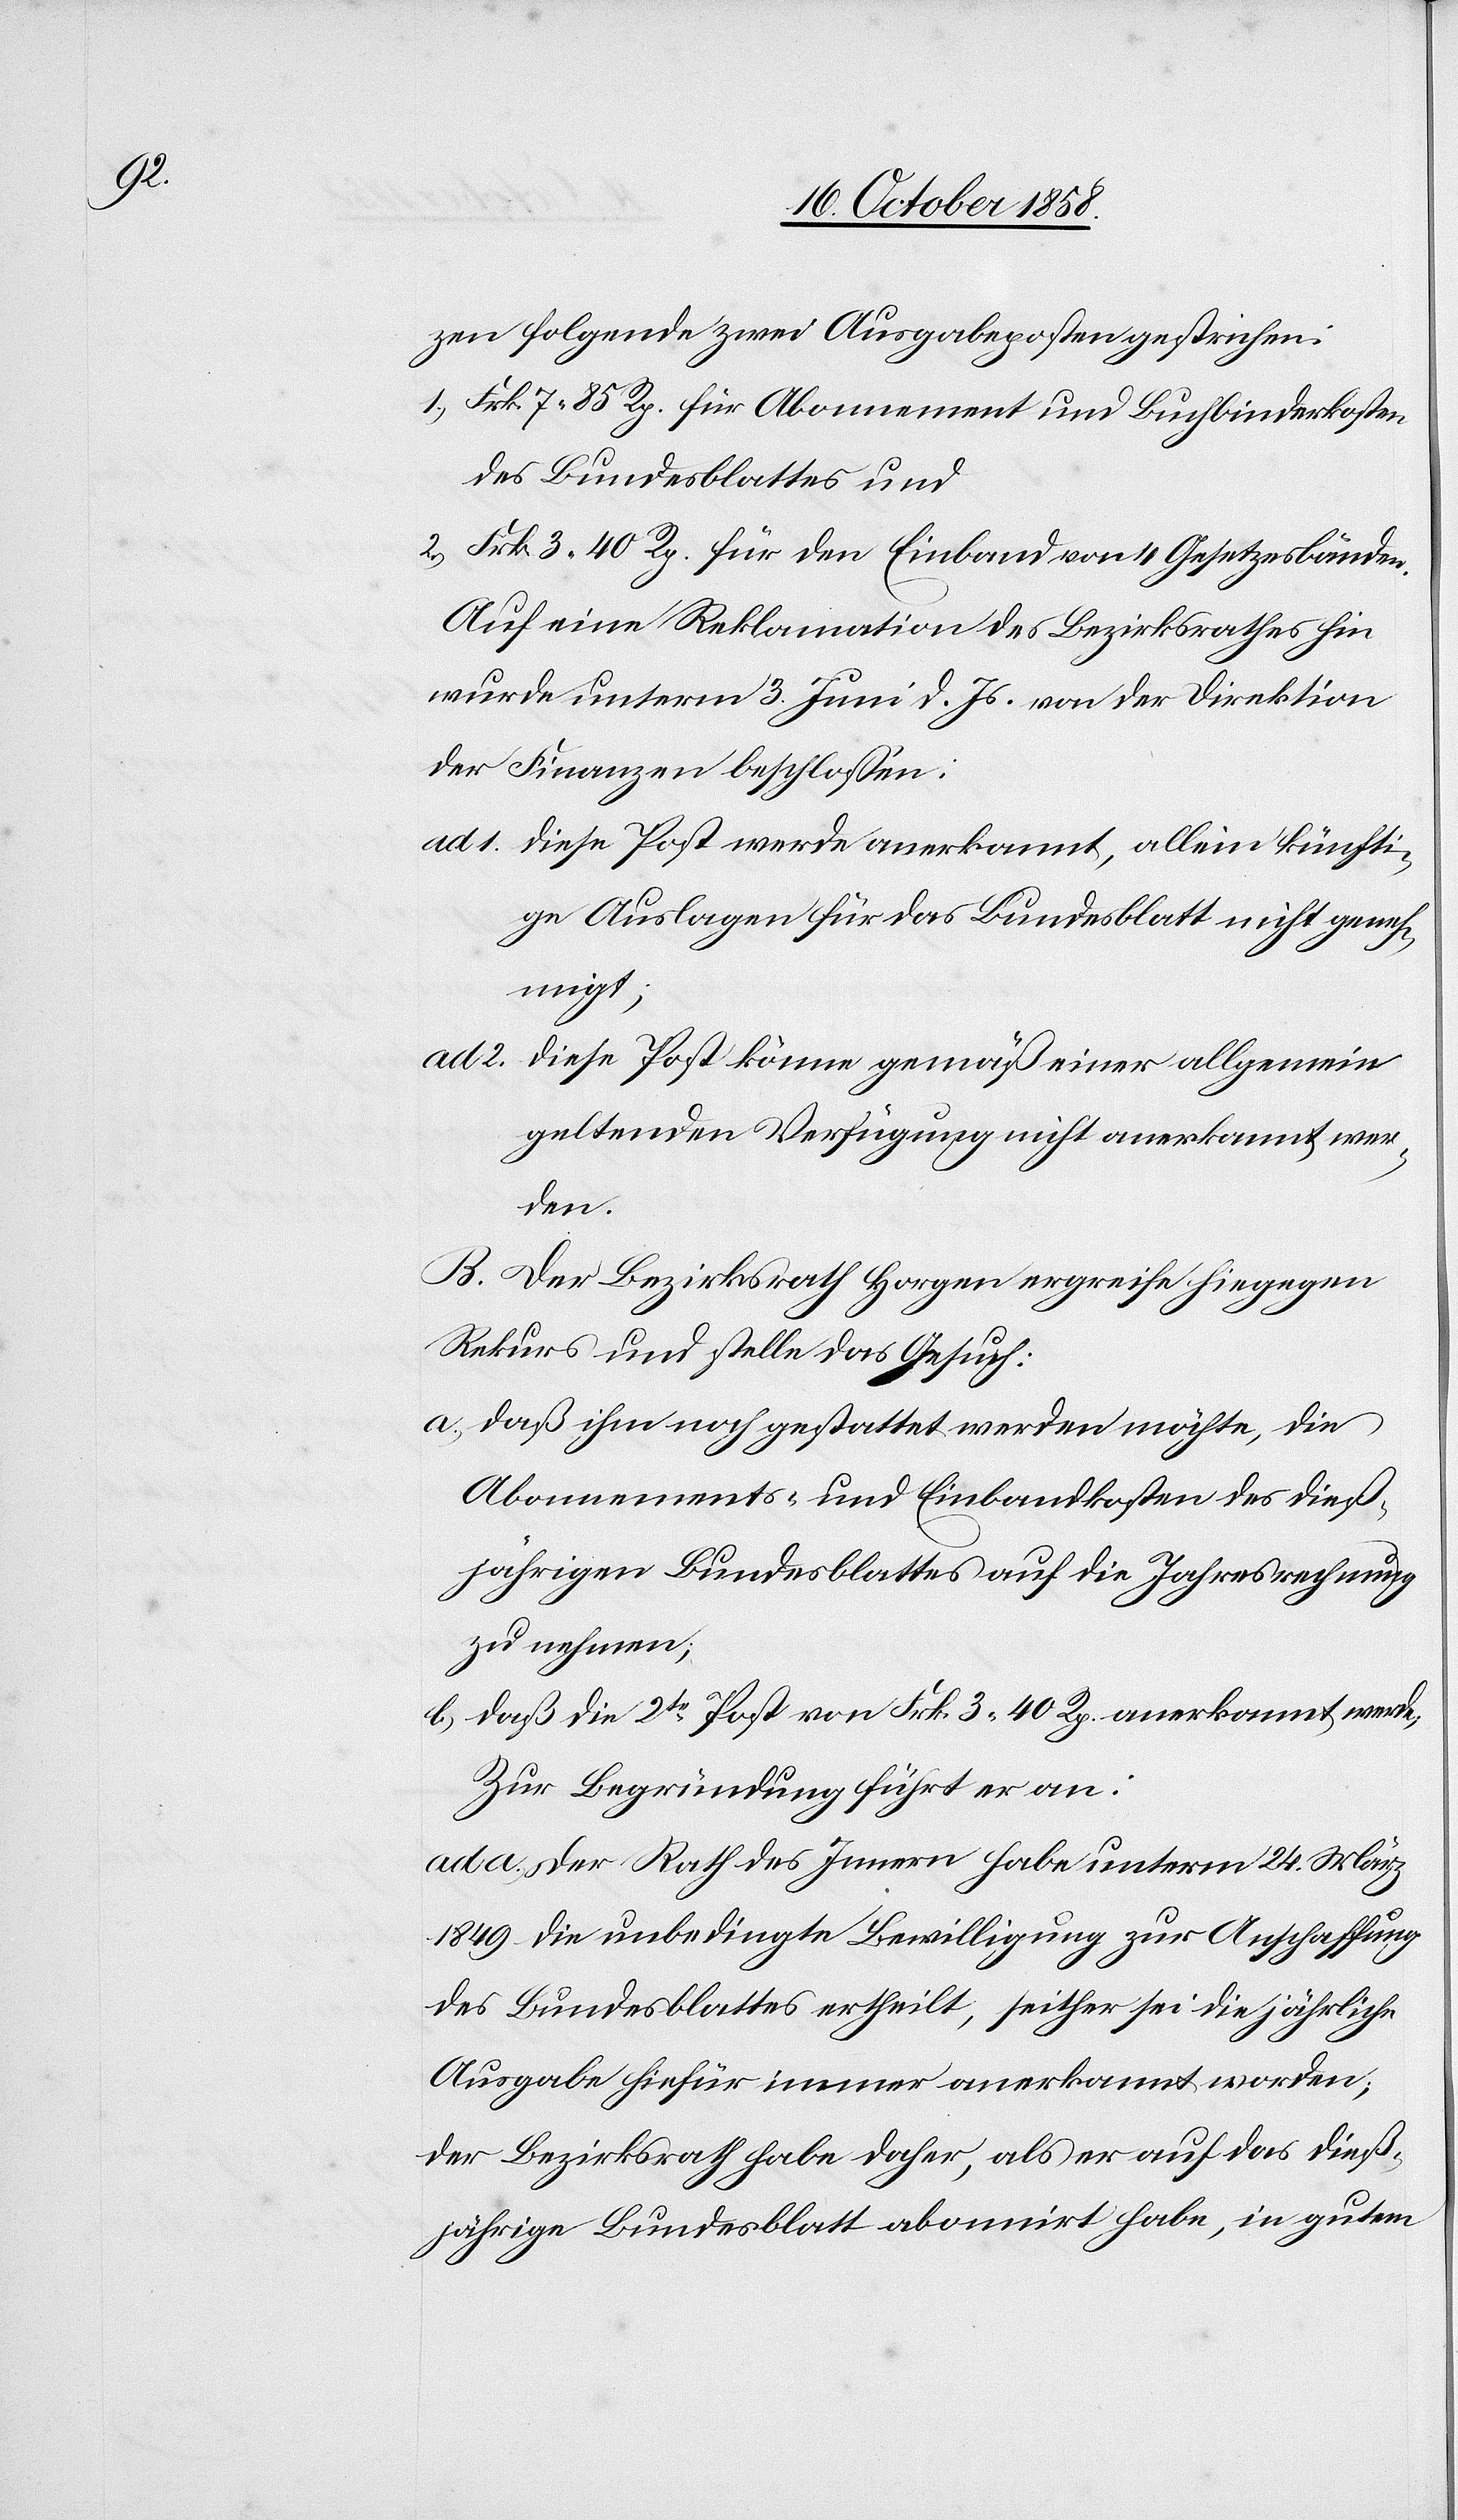
zen folgende zwei Ausgabeposten gestrichen:
Frk. 7 85 Rp. für Abonnement und Buchbinderkosten
des Bundesblattes und
Frk. 3 40 Rp. für den Einband von 4 Gesetzesbänden.
Auf eine Reklamation des Bezirksrathes hin
wurde unterm 3. Juni d. Js. von der Direktion
der Finanzen beschlossen:
Diese Post werde anerkannt, allein künfti¬
ge Auslagen für das Bundesblatt nicht geneh¬
migt;
Diese Post könne gemäß einer allgemein
geltenden Verfügung nicht anerkannt wer¬
den.
B. Der Bezirksrath Horgen ergreife hiegegen
Rekurs und stelle das Gesuch:
daß ihm noch gestattet werden möchte, die
Abonnements- und Einbandkosten des dieß¬
jährigen Bundesblattes auf die Jahresrechnung
zu nehmen;
daß die 2te Post von Frk. 3 40 Rp. anerkannt werde;
Zur Begründung führt er an:
ad a.) Der Rath des Innern habe unterm 24. März
1849 die unbedingte Bewilligung zur Anschaffung
des Bundesblattes ertheilt, seither sei die jährliche
Ausgabe hiefür immer anerkannt worden;
der Bezirksrath habe daher, als er auf das dieß¬
jährige Bundesblatt abonnirt habe, in gutem